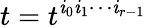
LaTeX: t=t^{\mathit{i}_{0}\mathit{i}_{1}\cdots\mathit{i}_{r-1}}